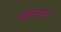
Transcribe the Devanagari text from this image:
बख़्तखान